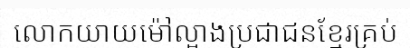
លោកយាយម៉ៅល្អាងប្រជាជនខ្មែរគ្រប់